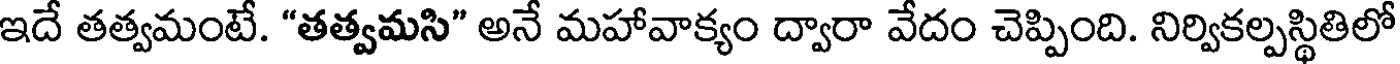
ఇదే తత్వమంటే. "తత్వమసి" అనే మహావాక్యం ద్వారా వేదం చెప్పింది. నిర్వికల్పస్థితిలో